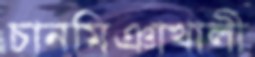
চানমিঞাখালী